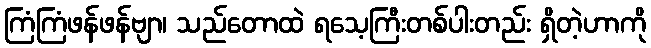
ကြံကြံဖန်ဖန်ဗျာ၊ သည်တောထဲ ရသေ့ကြီးတစ်ပါးတည်း ရှိတဲ့ဟာကို